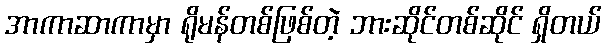
အာကာဆာကာမှာ ရိုမန်တစ်ဖြစ်တဲ့ ဘားဆိုင်တစ်ဆိုင် ရှိတယ်